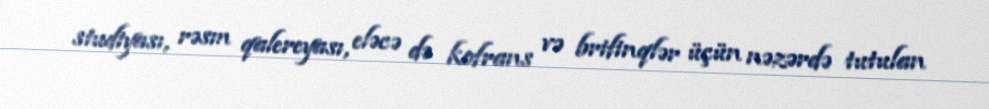
studiyası, rəsm qalereyası, eləcə də kofrans və brifinqlər üçün nəzərdə tutulan